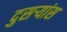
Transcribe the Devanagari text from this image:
दुसर्‍यांस